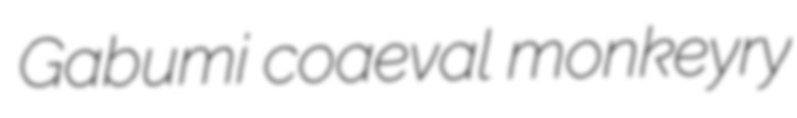
Gabumi coaeval monkeyry